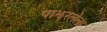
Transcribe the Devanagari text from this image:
पाझरलेला